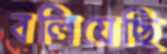
বলিয়েছি